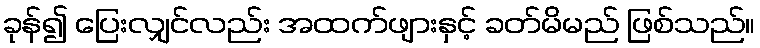
ခုန်၍ ပြေးလျှင်လည်း အထက်ဖျားနှင့် ခတ်မိမည် ဖြစ်သည်။